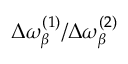
\Delta \omega _ { \beta } ^ { ( 1 ) } / \Delta \omega _ { \beta } ^ { ( 2 ) }